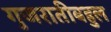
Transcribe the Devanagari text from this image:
गुजरातीबहुल